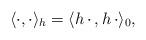
LaTeX: \begin{align*} \langle \cdot, \cdot \rangle_h = \langle h\, \cdot\, , h\, \cdot \rangle_0,\end{align*}